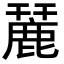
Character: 麉